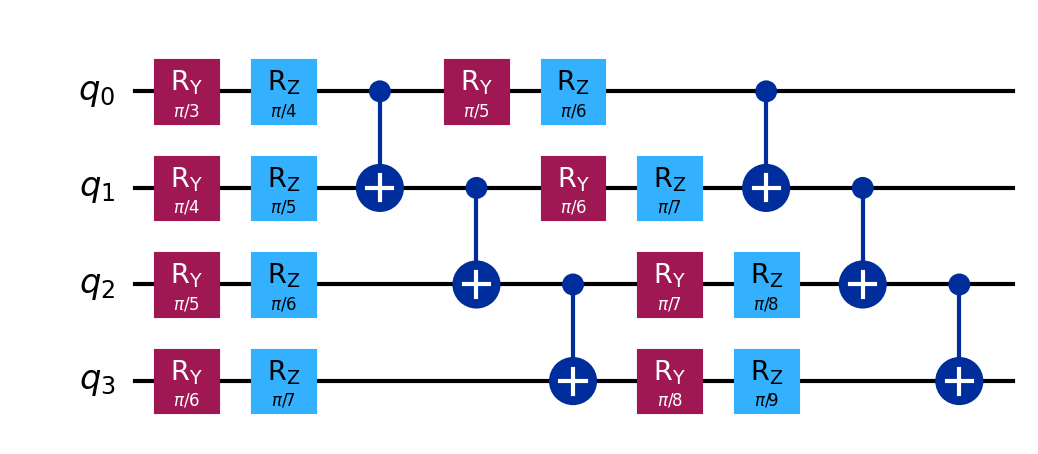
Description: Hardware-efficient ansatz (4-qubit, 2 layers)
描述: 硬件高效拟设（4量子比特，2层）
Category: variational (difficulty: intermediate)
Qubits: 4, circuit depth: 9

Braket implementation:
import math
from braket.circuits import Circuit
circuit = Circuit()
for i in range(4):
    circuit.ry(i, math.pi / (i + 3))
    circuit.rz(i, math.pi / (i + 4))
for i in range(3):
    circuit.cnot(i, i + 1)
for i in range(4):
    circuit.ry(i, math.pi / (i + 5))
    circuit.rz(i, math.pi / (i + 6))
for i in range(3):
    circuit.cnot(i, i + 1)